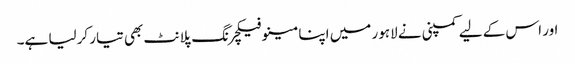
اور اس کے لیے کمپنی نے لاہور میں اپنا مینوفیکچرنگ پلانٹ بھی تیار کرلیا ہے۔